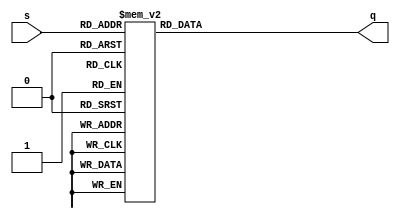
module transcodor (input [3:0] s,
						 output reg [6:0] q);
	
			always@(s)
				case(s)
					  4'b0000: q=7'b1000000;
				          4'b0001: q=7'b1111001;
					  4'b0010: q=7'b0100100;
					  4'b0011: q=7'b0110000;
					  4'b0100: q=7'b0011001;
					  4'b0101: q=7'b0010010;
					  4'b0110: q=7'b0000010;
					  4'b0111: q=7'b1111000;
					  4'b1000: q=7'b0000000;
					  4'b1001: q=7'b0010000;
					  4'b1010: q=7'b0001000;
					  4'b1011: q=7'b0000011;
					  4'b1100: q=7'b1000110;
					  4'b1101: q=7'b0100001;
					  4'b1110: q=7'b0000110;
					  4'b1111: q=7'b0001110;
					  
				endcase
			
endmodule